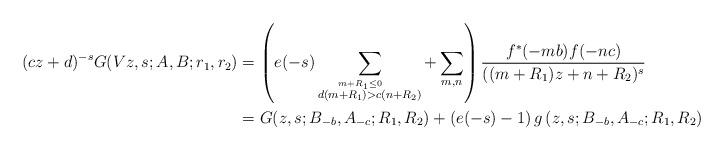
LaTeX: \begin{align*}(cz+d)^{-s}G(Vz,s;A,B;r_{1},r_{2}) & =\left( e(-s)\sum\limits_{\overset{m+R_{1}\leq0}{d(m+R_{1})>c(n+}R_{2})}+\sum\limits_{\substack{m,n \\}}\right) \frac{f^{\ast}(-mb)f(-nc)}{((m+R_{1})z+n+R_{2})^{s}}\\& =G(z,s;B_{-b},A_{-c};R_{1},R_{2})+\left( e(-s)-1\right) g\left(z,s;B_{-b},A_{-c};R_{1},R_{2}\right) \end{align*}